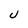
Character: U